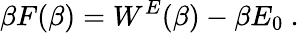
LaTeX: \beta F(\beta)=W^{E}(\beta)-\beta E_{0}~.